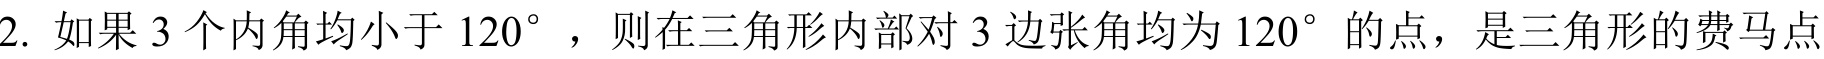
2. 如果 \(3\) 个内角均小于 \(120^{\circ}\)，则在三角形内部对 \(3\) 边张角均为 \(120^{\circ}\) 的点，是三角形的费马点